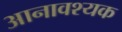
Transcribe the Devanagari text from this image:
आनावश्यक